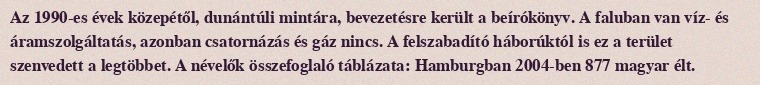
Az 1990-es évek közepétől, dunántúli mintára, bevezetésre került a beírókönyv. A faluban van víz- és áramszolgáltatás, azonban csatornázás és gáz nincs. A felszabadító háborúktól is ez a terület szenvedett a legtöbbet. A névelők összefoglaló táblázata: Hamburgban 2004-ben 877 magyar élt.